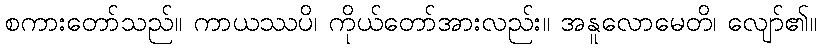
စကားတော်သည်။ ကာယဿပိ၊ ကိုယ်တော်အားလည်း။ အနူလောမေတိ၊ လျော်၏။